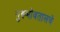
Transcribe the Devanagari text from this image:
गुरूभोवतालचे